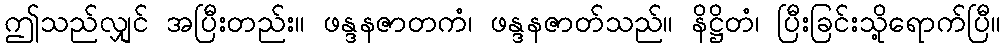
ဤသည်လျှင် အပြီးတည်း။ ဖန္ဒနဇာတကံ၊ ဖန္ဒနဇာတ်သည်။ နိဋ္ဌိတံ၊ ပြီးခြင်းသို့ရောက်ပြီ။